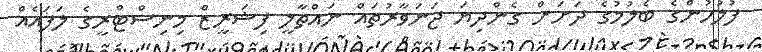
ފުލުހުންގެ ބެލުމުގެ ދަށަށް ގެންދިޔަ ޖަނަވާރުތައް ނައްތާލީ ފިޝަރީޒް މިނިސްޓްރީގެ ލަފައެއް